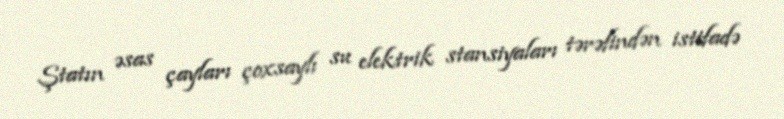
Ştatın əsas çayları çoxsaylı su elektrik stansiyaları tərəfindən istifadə